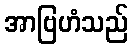
အာဗြဟံသည်